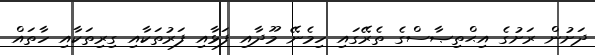
ދަށުން ރަށުގެ އިޙްތިޞާސްގެ ތެރޭގައި ހިމެނޭ މޫދާއި ފަޅާއި ފަރުތަކާއި ގިރިތަކާއި ހާތައް